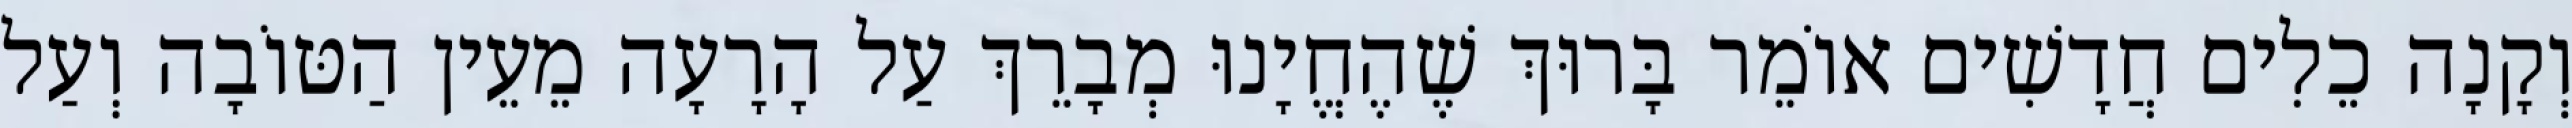
וְקָנָה כֵלִים חֲדָשִׁים אוֹמֵר בָּרוּךְ שֶׁהֶחֱיָנוּ מְבָרֵךְ עַל הָרָעָה מֵעֵין הַטּוֹבָה וְעַל